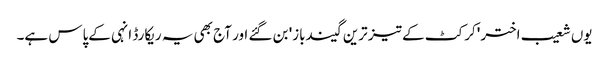
یوں شعیب اختر 'کرکٹ کے تیز ترین گیندباز' بن گئے اور آج بھی یہ ریکارڈ انہی کےپاس ہے۔